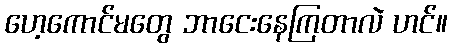
ဟေ့ကောင်မတွေ ဘာငေးနေကြတာလဲ ဟင်။